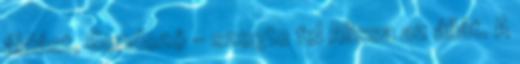
áldást, Gondozó - szegte fel Alissa az állát. A